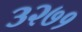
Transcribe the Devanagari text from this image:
३२७१